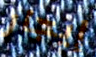
إيجار